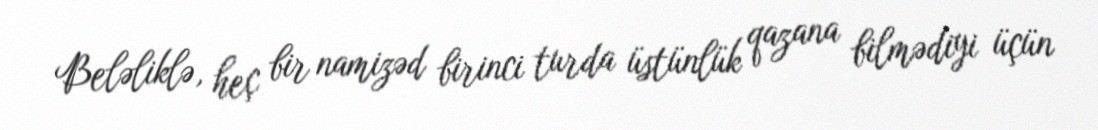
Beləliklə, heç bir namizəd birinci turda üstünlük qazana bilmədiyi üçün